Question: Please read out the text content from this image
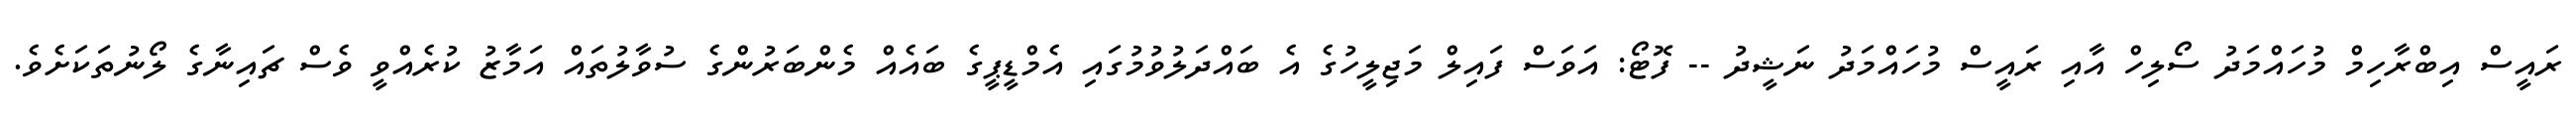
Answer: ރައީސް އިބްރާހިމް މުހައްމަދު ސޯލިހް އާއި ރައީސް މުހައްމަދު ނަޝީދު -- ފޮޓޯ: އަވަސް ފައިލް މަޖިލީހުގެ އެ ބައްދަލުވުމުގައި އެމްޑީޕީގެ ބައެއް މެންބަރުންގެ ސުވާލުތައް އަމާޒު ކުރެއްވީ ވެސް ޗައިނާގެ ލޯނުތަކަށެވެ.